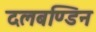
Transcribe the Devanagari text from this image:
दलबण्डिन